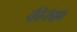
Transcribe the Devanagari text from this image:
कीनंधम